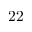
2 2